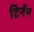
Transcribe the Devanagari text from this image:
टिनॅप